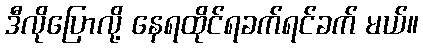
ဒီလိုပြောလို့ နေရထိုင်ရခက်ရင်ခက် မယ်။